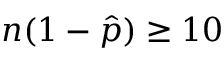
n ( 1 - { \hat { p } } ) \geq 1 0